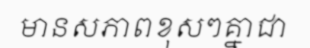
មានសភាពខុសៗគ្នាជា